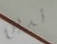
تدين